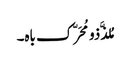
مُلذَّذو مُحَرّک باہ۔